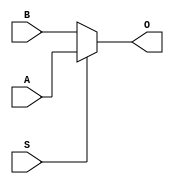
module pc_in_mux(
    input  [31:0]A,
    input  [31:0]B,
    input        S,
    output [31:0]O
);
    assign O = S?A:B;
endmodule